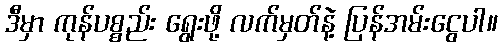
ဒီမှာ ကုန်ပစ္စည်း ရွေးဖို့ လက်မှတ်နဲ့ ပြန်အမ်းငွေပါ။